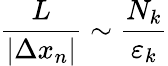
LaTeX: \frac{L}{|\Delta x_{n}|}\sim\frac{N_{k}}{\varepsilon_{k}}